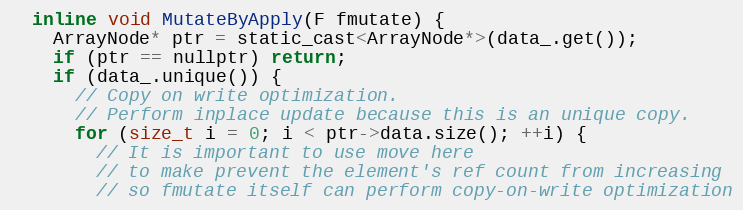
Language: C
  inline void MutateByApply(F fmutate) {
    ArrayNode* ptr = static_cast<ArrayNode*>(data_.get());
    if (ptr == nullptr) return;
    if (data_.unique()) {
      // Copy on write optimization.
      // Perform inplace update because this is an unique copy.
      for (size_t i = 0; i < ptr->data.size(); ++i) {
        // It is important to use move here
        // to make prevent the element's ref count from increasing
        // so fmutate itself can perform copy-on-write optimization